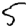
Digit: 5